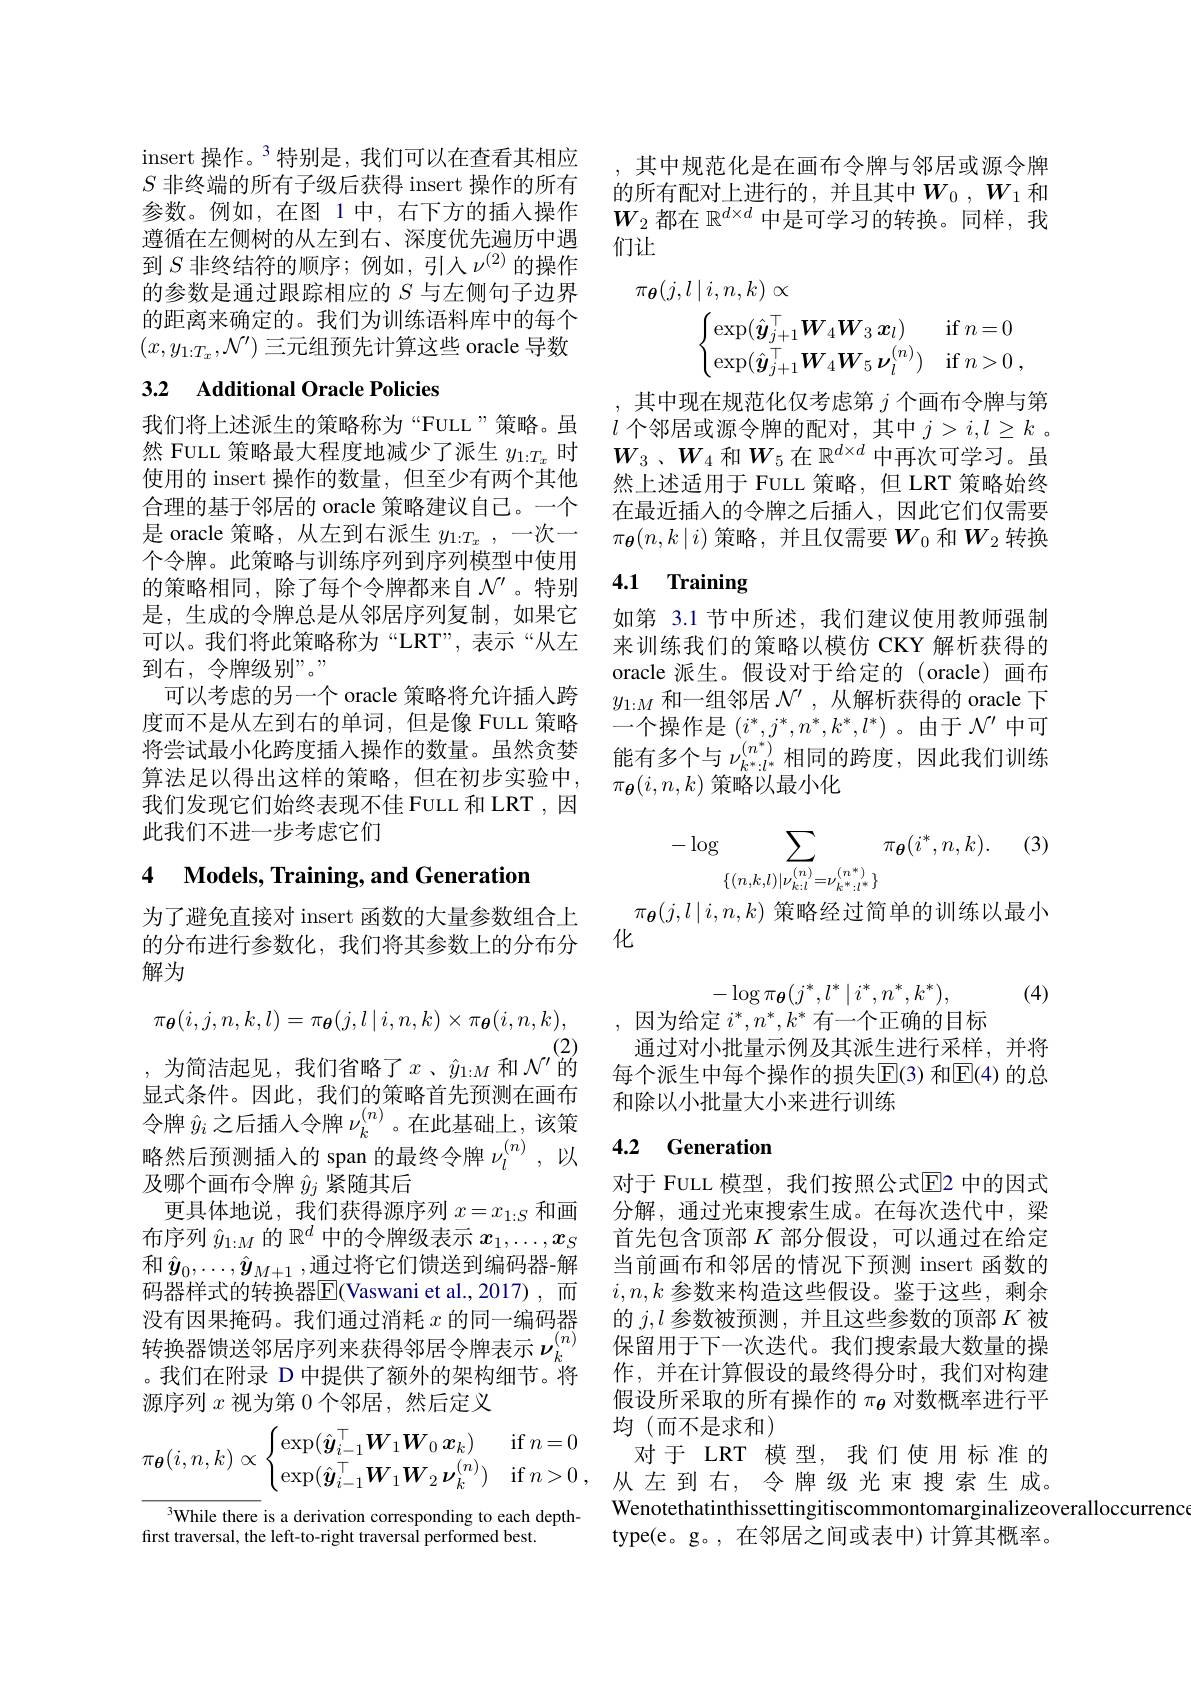
insert 操作。$^{3}$特别是，我们可以在查看其相应$S$非终端的所有子级后获得 insert 操作的所有参数。例如，在图 1中，右下方的插人操作遵循在左侧树的从左到右、深度优先遍历中遇到$S$非终结符的顺序；例如，引人$\nu^(2)$的操作的参数是通过跟踪相应的$S$与左侧句子边界的距离来确定的。我们为训练语料库中的每个$(x,y_{1:T_x},\mathcal{N^{\prime}})$三元组预先计算这些 oracle 导数

## 3.2 Additional Oracle Policies

我们将上述派生的策略称为“FULL”策略。虽然 FULL 策略最大程度地减少了派生$y_{1:T_x}$时使用的 insert 操作的数量，但至少有两个其他合理的基于邻居的 oracle 策略建议自己。一个是 oracle 策略，从左到右派生$y_{1:T_x}$ ,一次一个令牌。此策略与训练序列到序列模型中使用的策略相同，除了每个令牌都来自$\mathcal{N}^{\prime}$。特别是，生成的令牌总是从邻居序列复制，如果它可以。我们将此策略称为“LRT”,表示“从左到右，令牌级别”。"
可以考虑的另一个 oracle 策略将允许插入跨度而不是从左到右的单词，但是像 FULL 策略将尝试最小化跨度插入操作的数量。虽然贪婪算法足以得出这样的策略，但在初步实验中， 我们发现它们始终表现不佳 FULL 和 LRT ,因此我们不进一步考虑它们

# 4 Models, Training, and Generation

为了避免直接对 insert 函数的大量参数组合上的分布进行参数化，我们将其参数上的分布分解为
$$\pi_{\boldsymbol\theta}(i,j,n,k,l)=\pi_{\boldsymbol\theta}(j,l\mid i,n,k)\times\pi_{\boldsymbol\theta}(i,n,k),$$
(2)
, 为简洁起见，我们省略了$x$、$\hat{y}_1:M$ 和$\mathcal{N^{\prime}}^{(2)}$的显式条件。因此，我们的策略首先预测在画布令牌$\hat{y}_i$之后插入令牌$\nu_k^{(n)}$ 。在此基础上，该策略然后预测插入的 span 的最终令牌$\nu_l^{(n)}$,以及哪个画布令牌$\hat{y}_j$紧随其后
更具体地说，我们获得源序列$x=x_1:S$和画布序列$\hat{y}_1:M$的$\mathbb{R}^d$中的令牌级表示$x_1,\ldots,x_S$ 和 $\hat{y}_0,\ldots,\hat{y}_{M+1}$,通过将它们馈送到编码器-解码器样式的转换器$\overline{\mathrm{E}}($Vaswani et al.,2017),而没有因果掩码。我们通过消耗$x$的同一编码器转换器馈送邻居序列来获得邻居令牌表示$\nu_k^{(n)}$ 。我们在附录 D 中提供了额外的架构细节。将源序列$x$视为第 0 个邻居，然后定义
$$\underline{\pi_{\boldsymbol{\theta}}(i,n,k)\propto}\begin{cases}\exp(\hat{\boldsymbol{y}}_{i-1}^{\top}\boldsymbol{W}_{1}\boldsymbol{W}_{0}\boldsymbol{x}_{k})&\mathrm{if}\:n=0\\\exp(\hat{\boldsymbol{y}}_{i-1}^{\top}\boldsymbol{W}_{1}\boldsymbol{W}_{2}\boldsymbol{\nu}_{k}^{(n)})&\mathrm{if}\:n>0\:,\end{cases}$$
$^{3}$While there is a derivation corresponding to each depth-
first traversal, the left-to-right traversal performed best.

,其中规范化是在画布令牌与邻居或源令牌的所有配对上进行的，并且其中$W_0,W_1$ 和$W_2$都在$\mathbb{R}^d\times d$中是可学习的转换。同样，我们让
$$\begin{aligned}\pi_{\boldsymbol{\theta}}(j,l\mid i,n,k)&\propto\\&\begin{cases}\exp(\hat{\boldsymbol{y}}_{j+1}^\top\boldsymbol{W}_4\boldsymbol{W}_3\boldsymbol{x}_l)&\text{if}\:n=0\\\exp(\hat{\boldsymbol{y}}_{j+1}^\top\boldsymbol{W}_4\boldsymbol{W}_5\boldsymbol{\nu}_l^{(n)})&\text{if}\:n>0\:,\end{cases}\end{aligned}$$
其中现在规范化仅考虑第$j$个画布令牌与第$l$个邻居或源令牌的配对，其中$j>i,l\geq k$ 。$W_3$ $、 W_4$ 和$W_5$在$\mathbb{R}^d\times d$ 中再次可学习。虽然上述适用于 FULL 策略，但 LRT 策略始终在最近插入的令牌之后插入，因此它们仅需要$\pi_{\boldsymbol{\theta}}(n,k\mid i)$策略，并且仅需要$W_0$和$W_2$转换

# 4.1 Training

如第 3.1 节中所述，我们建议使用教师强制来训练我们的策略以模仿 CKY 解析获得的oracle 派生。假设对于给定的(oracle)画布$y_{1:M}$和一组邻居$\mathcal{N^{\prime}}$,从解析获得的 oracle 下一个操作是$(i^*,j^*,n^*,k^*,l^*)$。由于$\mathcal{N}^\prime$中可能有多个与$\nu_{k^*:l^*}^{(n^*)}$相同的跨度，因此我们训练$\pi_{\boldsymbol{\theta}}(i,n,k)$策略以最小化

(3)
$$-\log\sum_{\{(n,k,l)|\nu_{k:l}^{(n)}=\nu_{k^{*}:l^{*}}^{(n^{*})}\}}\pi_{\boldsymbol{\theta}}(i^{*},n,k).$$
$\pi_{\boldsymbol{\theta}}(j,l\mid i,n,k)$策略经过简单的训练以最小

化
$$-\log\pi_{\theta}(j^{*},l^{*}\mid i^{*},n^{*},k^{*}),$$
因为给定$i^*,n^*,k^*$有一个正确的目标

(4)

通过对小批量示例及其派生进行采样，并将每个派生中每个操作的损失$\overline{\mathrm{E}}(3)$ 和$\overline{\mathrm{E}}(4)$ 的总和除以小批量大小来进行训练

## 4.2 Generation

对于 FULL 模型，我们按照公式$\overline{\mathrm{E}}$2 中的因式分解，通过光束搜索生成。在每次迭代中，梁首先包含顶部$K$部分假设，可以通过在给定当前画布和邻居的情况下预测 insert 函数的$i,n,k$参数来构造这些假设。鉴于这些，剩余的$j,l$参数被预测，并且这些参数的顶部$K$被保留用于下一次迭代。我们搜索最大数量的操作，并在计算假设的最终得分时，我们对构建假设所采取的所有操作的$\pi_{\boldsymbol{\theta}}$对数概率进行平均(而不是求和)
对于 LRT 模型，我们使用标准的从左到右，令牌级光束搜索生成。Wenotethatinthissettingitiscommontomarginalizeoveralloccurrenc
type(e。g。, 在邻居之间或表中) 计算其概率。